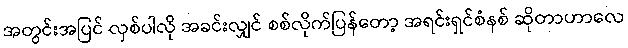
အတွင်းအပြင် လှစ်ပါလို အခင်းလျှင် စစ်လိုက်ပြန်တော့ အရင်းရှင်စံနစ် ဆိုတာဟာလေ